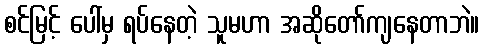
စင်မြင့် ပေါ်မှ ရပ်နေတဲ့ သူမဟာ အဆိုတော်ကျနေတာဘဲ။